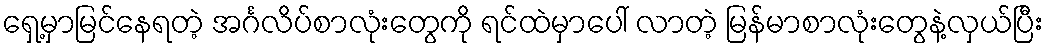
ရှေ့မှာမြင်နေရတဲ့ အင်္ဂလိပ်စာလုံးတွေကို ရင်ထဲမှာပေါ် လာတဲ့ မြန်မာစာလုံးတွေနဲ့လှယ်ပြီး